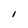
Character: I